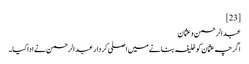
[23]
عبدالرحمن و عثمان
اگرچہ عثمان کو خلیفہ بنانے میں اصلی کردار عبدالرحمن نے ادا کیا۔